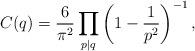
LaTeX: \begin{align*}C(q)=\dfrac{6}{\pi^2}\displaystyle\prod_{p\mid q}\left(1-\dfrac{1}{p^2}\right)^{-1},\end{align*}